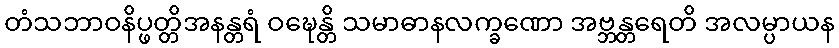
တံသဘာဝနိပ္ဖတ္တိအနန္တရံ ဝဍ္ဎေန္တိ သမာဓာနလက္ခဏော အဗ္ဘန္တရေတိ အလမ္ပာယန